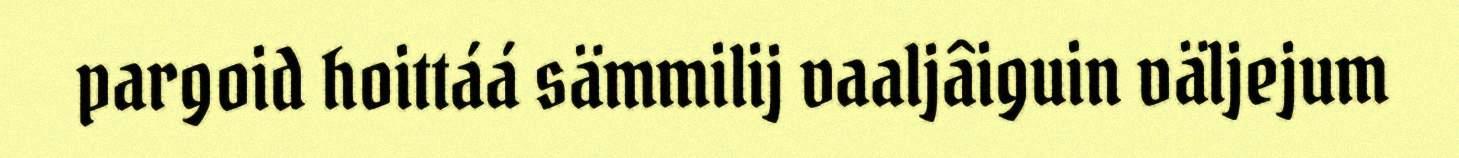
pargoid hoittáá sämmilij vaaljâiguin väljejum